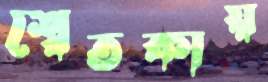
শ্বেতকায়